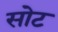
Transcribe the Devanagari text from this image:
सोट